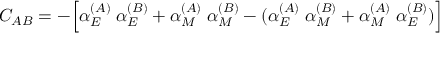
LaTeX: C _ { A B } = - \Bigl [ \alpha _ { E } ^ { ( A ) } \; \alpha _ { E } ^ { ( B ) } + \alpha _ { M } ^ { ( A ) } \; \alpha _ { M } ^ { ( B ) } - ( \alpha _ { E } ^ { ( A ) } \; \alpha _ { M } ^ { ( B ) } + \alpha _ { M } ^ { ( A ) } \; \alpha _ { E } ^ { ( B ) } ) \Bigr ]